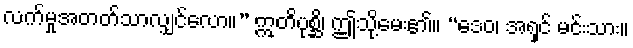
လက်မှုအတတ်သာလျှင်လော။” ဣတိပုစ္ဆိ၊ ဤသို့မေး၏။ “ဒေဝ၊ အရှင် မင်းသား။